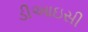
ડીઆઇસી